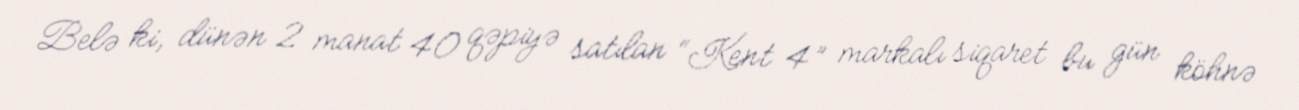
Belə ki, dünən 2 manat 40 qəpiyə satılan “Kent 4” markalı siqaret bu gün köhnə